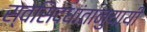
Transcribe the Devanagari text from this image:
स्वसिद्धांतानुयायी